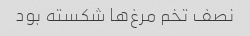
نصف تخم مرغ‌ها شکسته بود